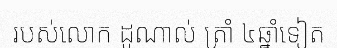
របស់លោក ដូណាល់ ត្រាំ ៤ឆ្នាំទៀត